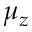
\mu _ { z }